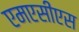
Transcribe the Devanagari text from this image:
एमएसीएस